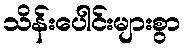
သိန်းပေါင်းများစွာ